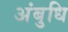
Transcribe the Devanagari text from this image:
अंबुधि